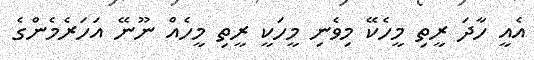
އެއީ ހާދަ ރީތި މީހެކޭ މިވެނި މީހަކީ ރީތި މީހެއް ނޫނޭ އަހަރެމެންގެ